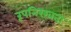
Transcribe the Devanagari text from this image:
रूपनिरखता